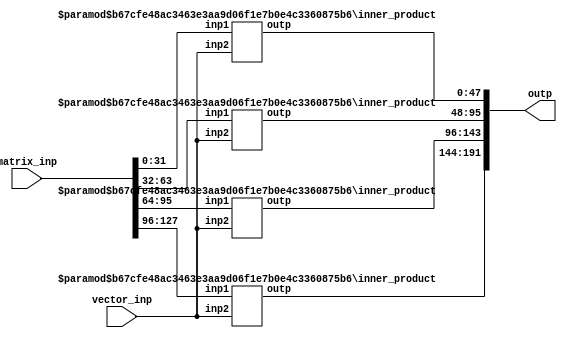
module matrix_mult_vector
  #(parameter
      M = 4, // matrix dimension M x N
      N = 4, // matrix dimension M x N, also vector dimension
      DW = 8
  )
  (
      input wire[(DW * N * M) -1 : 0] matrix_inp,
      input wire[(DW * N) -1 : 0] vector_inp,
      output wire[(2*DW+$bits(N))*M - 1 : 0] outp
  );

  //locals
  genvar i;
  wire [(2*DW + $bits(N)) * M - 1 : 0] dot_products; // dot products from each row 


  ///compute
  generate 
      for (i = 0; i < M; i = i + 1) begin: product_loop
        // instantiate 
        inner_product
          #(
                .N(N),
                .DW(DW)
          ) my_inner_product (
                .inp1( matrix_inp[(DW * N * (i+1)) - 1 : (DW * N * i)] ),
                .inp2(vector_inp),  
                .outp(dot_products[(2*DW + $bits(N))*(i+1) - 1 : 
                                    (2*DW + $bits(N))*i ])
          );
      end
  endgenerate

  assign outp = dot_products; 

endmodule

// Verilog testbench

`timescale 1ps/1ps
`define DATA_WIDTH 2
`define NUM_ELEMS  2
`define NUM_ROWS 2 

module matrix_mult_vector_tb ();

	// note this only runs for 50 cycles with the below settings
	// alter TB_TIMEOUT to run longer
	localparam TB_TIMEOUT    = 100000;
	localparam TB_CLK_PERIOD = 2000;
	localparam TB_RST_PERIOD = 4000;

	initial  #(TB_TIMEOUT) $finish();

	// clock
	reg tb_clk = 1'b0;
	always #(TB_CLK_PERIOD/2) tb_clk = ~tb_clk;


	// DUT
	wire [(2*`DATA_WIDTH + $bits(`NUM_ELEMS)) * `NUM_ROWS - 1  : 0] outp;
	wire [(`NUM_ELEMS * `DATA_WIDTH) - 1 : 0] inps;

	matrix_mult_vector_test #(
		.data_width(`DATA_WIDTH),
		.n_columns(`NUM_ELEMS),
                .m_rows(`NUM_ROWS)
	) my_matrix_mult_vector_test (
		.clk(tb_clk),
		.outp(outp),
		.outp_inps(inps) // the count
		);
	// display inputs and output on each clock cycle
	always @(posedge tb_clk) begin
		$display("inps = ", inps, " => outp = ", outp);
	end

endmodule

module matrix_mult_vector_test
  #(parameter 
      m_rows = 4,
      n_columns = 4, //also is the dimension of vector
      data_width = 8)
  (
      input wire clk,
      output wire [(2*data_width + $bits(n_columns))*m_rows - 1  : 0] outp,
      output wire [n_columns * data_width - 1 : 0] outp_inps
  );

  localparam
      num_bits = data_width * n_columns; // size in bits of a vector

      //counter 
      reg [num_bits - 1 : 0] count;
      reg [num_bits * m_rows -1 : 0] multiple_counts; // for matrix input
      initial begin
          count = 0;
          multiple_counts = 0;
      end
      always @ (posedge clk) begin
          count <= count + 1;
          multiple_counts <= multiple_counts + 1; // TODO: count value in all rows
      end
      assign outp_inps = count;

      // instantiate 
      matrix_mult_vector
          #(
                .M(m_rows),    
                .N(n_columns),
                .DW(data_width)
          ) my_matrix_mult_vector (
                .matrix_inp(multiple_counts),
                .vector_inp(count), // takes in count as 2 inputs 
                .outp(outp)
          );

endmodule

module inner_product
  #(parameter
      N = 4,
      DW = 8
  )
  (
      input wire[(DW * N) -1 : 0] inp1,
      input wire[(DW * N) -1 : 0] inp2,
      output wire[(2*DW + $bits(N)) - 1 : 0] outp
  );

  //locals
  genvar i;
  wire [(2*DW + $bits(N)) - 1 : 0] sums[0 : N - 1]; // intermediate product sums

  ///compute
  assign sums[0] = inp1[DW - 1 : 0] * inp2[DW - 1 : 0];

  generate 
      for (i = 1; i < N; i = i + 1) begin: sum_loop
          assign sums[i] = sums[i-1] + inp1[ (i + 1) * DW - 1 : i * DW ] * inp2[ (i + 1) * DW - 1 : i * DW ];
      end
  endgenerate

  assign outp = sums[N-1]; 


endmodule